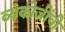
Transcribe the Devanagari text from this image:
व्यंकोजींची